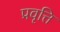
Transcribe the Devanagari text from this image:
प्रवृत्ति